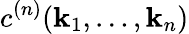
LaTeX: {c}^{(n)}(\mathbf{k}_{1},\ldots,\mathbf{k}_{n})